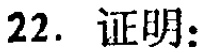
22. 证明：